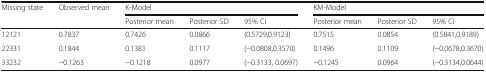
<table><thead><tr><td><b>Missing state</b></td><td><b>Observed mean</b></td><td colspan="3"><b>K-Model</b></td><td colspan="3"><b>KM-Model</b></td></tr><tr><td></td><td></td><td><b>Posterior mean</b></td><td><b>Posterior SD</b></td><td><b>95% CI</b></td><td><b>Posterior mean</b></td><td><b>Posterior SD</b></td><td><b>95% CI</b></td></tr></thead><tbody><tr><td>12121</td><td>0.7837</td><td>0.7426</td><td>0.0866</td><td>(0.5729,0.9123)</td><td>0.7515</td><td>0.0854</td><td>(0.5841,0.9189)</td></tr><tr><td>22331</td><td>0.1844</td><td>0.1381</td><td>0.1117</td><td>(−0.0808,0.3570)</td><td>0.1496</td><td>0.1109</td><td>(−0.0678,0.3670)</td></tr><tr><td>33232</td><td>−0.1263</td><td>−0.1218</td><td>0.0977</td><td>(−0.3133, 0.0697)</td><td>−0.1245</td><td>0.0964</td><td>(−0.3134,0.0644)</td></tr></tbody></table>